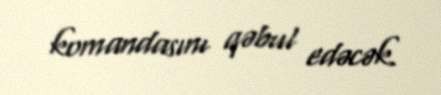
komandasını qəbul edəcək.